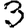
Digit: 3